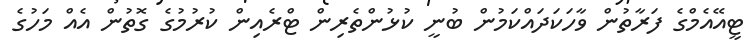
ޓީއޭއެމްގެ ފަރާތުން ވާހަކަދައްކަމުން ބުނީ ކުޅުންތެރިން ޓްރެއިން ކުރުމުގެ ގޮތުން އެއް މަހުގެ